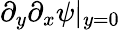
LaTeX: \partial_{y}\partial_{x}\psi|_{y=0}